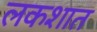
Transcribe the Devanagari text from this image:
लकशात